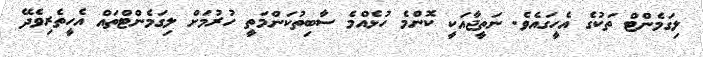
ލިގަމެންޓް ތަކުގެ އެހީގައެވެ. ނަތީޖާއަކީ ކޮންމެ ހުޅެއްމެ ސާބިތުކަންމަތީ ހުރުމަށް ލިގަމެންޓްތައް އެހީތެރިވެދޭ